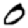
Digit: 0